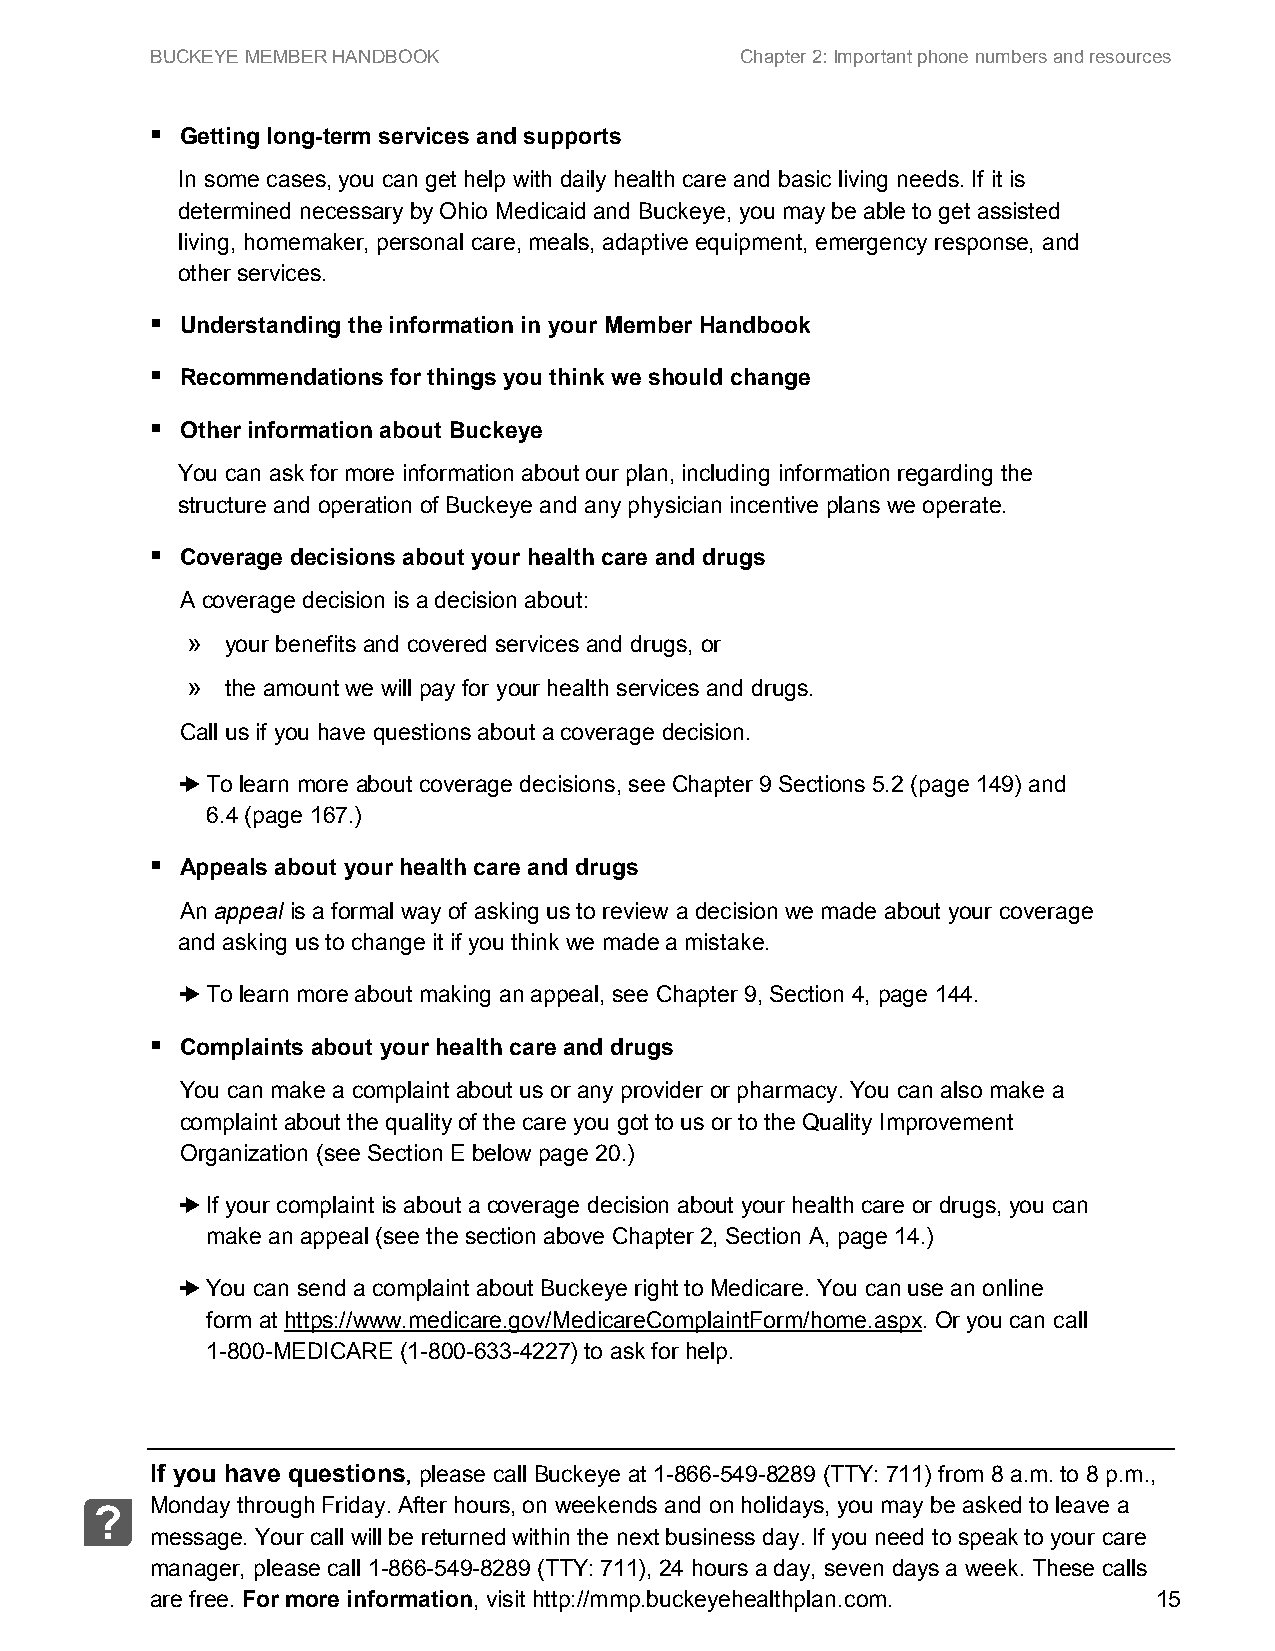
BUCKEYE MEMBER HANDBOOK                Chapter 2: Important phone numbers and resources
 
 Getting long-term services and supports
 In some cases, you can get help with daily health care and basic living needs. If it is
 determined necessary by Ohio Medicaid and Buckeye, you may be able to get assisted
 living, homemaker, personal care, meals, adaptive equipment, emergency response, and
 other services.
 
 Understanding the information in your Member Handbook
 
 Recommendations for things you think we should change
 
 Other information about Buckeye
 You can ask for more information about our plan, including information regarding the
 structure and operation of Buckeye and any physician incentive plans we operate.
 
 Coverage decisions about your health care and drugs
 A coverage decision is a decision about:
 »  your benefits and covered services and drugs, or
 »  the amount we will pay for your health services and drugs.
 Call us if you have questions about a coverage decision.
 ➜ To learn more about coverage decisions, see Chapter 9 Sections 5.2 (page 149) and
 6.4 (page 167.)
 
 Appeals about your health care and drugs
 An appeal is a formal way of asking us to review a decision we made about your coverage
 and asking us to change it if you think we made a mistake.
 ➜ To learn more about making an appeal, see Chapter 9, Section 4, page 144.
 
 Complaints about your health care and drugs
 You can make a complaint about us or any provider or pharmacy. You can also make a
 complaint about the quality of the care you got to us or to the Quality Improvement
 Organization (see Section E below page 20.)
 ➜ If your complaint is about a coverage decision about your health care or drugs, you can
 make an appeal (see the section above Chapter 2, Section A, page 14.)
 ➜ You can send a complaint about Buckeye right to Medicare. You can use an online
 form at https://www.medicare.gov/MedicareComplaintForm/home.aspx. Or you can call
 1-800-MEDICARE (1-800-633-4227) to ask for help.
 If you have questions, please call Buckeye at 1-866-549-8289 (TTY: 711) from 8 a.m. to 8 p.m.,
 Monday through Friday. After hours, on weekends and on holidays, you may be asked to leave a
 ?
 message. Your call will be returned within the next business day. If you need to speak to your care
 manager, please call 1-866-549-8289 (TTY: 711), 24 hours a day, seven days a week. These calls
 are free. For more information, visit http://mmp.buckeyehealthplan.com. 15